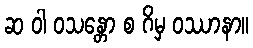
ဆ ဝါ ဝသန္တော စ ဂိမှ ဝဿာနာ။